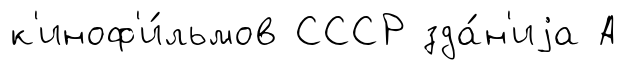
к'иноф'и́льмов СССР зда́н'иjа А